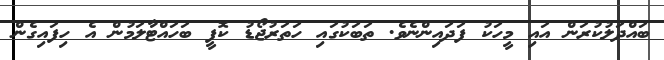
ބައްދަލުކުރަން އައި މީހަކު ފަދައިންނެވެ. ތަބަކުގައި ހަތަރުޖޯޑު ކޮފީ ބަހައްޓާލަމުން އެ ހިފައިގެން